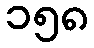
၁၅၈